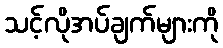
သင့်လိုအပ်ချက်များကို